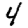
Digit: 4